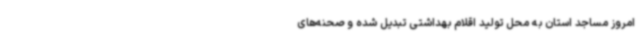
امروز مساجد استان به محل تولید اقلام بهداشتی تبدیل شده و صحنه‌های